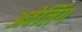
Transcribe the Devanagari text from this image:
अवेलिंग